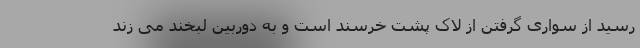
رسید از سواری گرفتن از لاک پشت خرسند است و به دوربین لبخند می زند